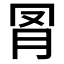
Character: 𦊌